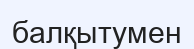
балқытумен